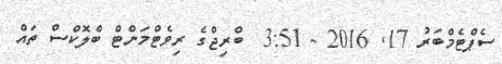
ސެޕްޓެމްބަރު 17